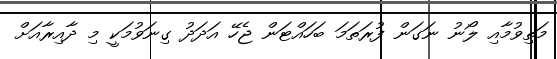
މަތިވުމާއި ލޯނު ނަގަން ފުރަތަމަ ބަހައްޓަން ޖެހޭ އަދަދު ގިނަވުމަކީ މި ދާއިރާއަށް